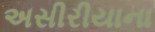
અસીરીયાના